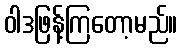
ဝါဒဖြန့်ကြတော့မည်။